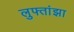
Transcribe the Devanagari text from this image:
लुफ्तांझा